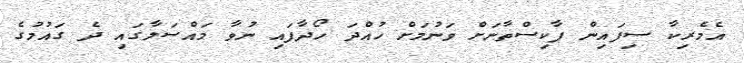
އެމެރިކާ ސިފައިން ޕާކިސްތާނަށް ވަނުމަށް ހުއްދަ ހޯދާފައި ނުވާ މައްސަލާގައި ދެ ގައުމުގެ